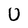
Character: U